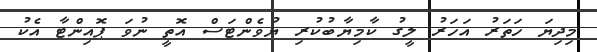
މިދިޔަ ހަަތަރު އަހަރު ލީގު ކާމިޔާބުކުރި ޔުވެންޓަސް އޮތީ ނުވަ ޕޮއިންޓާ އެކު